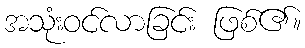
အသုံးဝင်လာခြင်း ဖြစ်၏။